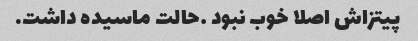
پیتزاش اصلا خوب نبود …حالت ماسیده داشت.